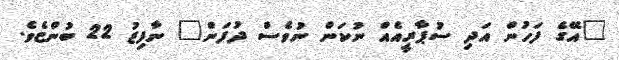
"އޭގެ ފަހުން އަދި ސުޕާރީއެއް ނުކަން ނުވެސް ދުފަން" ނާފިޒު 22 ބުންޏެވެ.